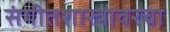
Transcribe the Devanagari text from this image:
संगीतशास्त्रावरचा